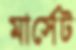
মার্সেট